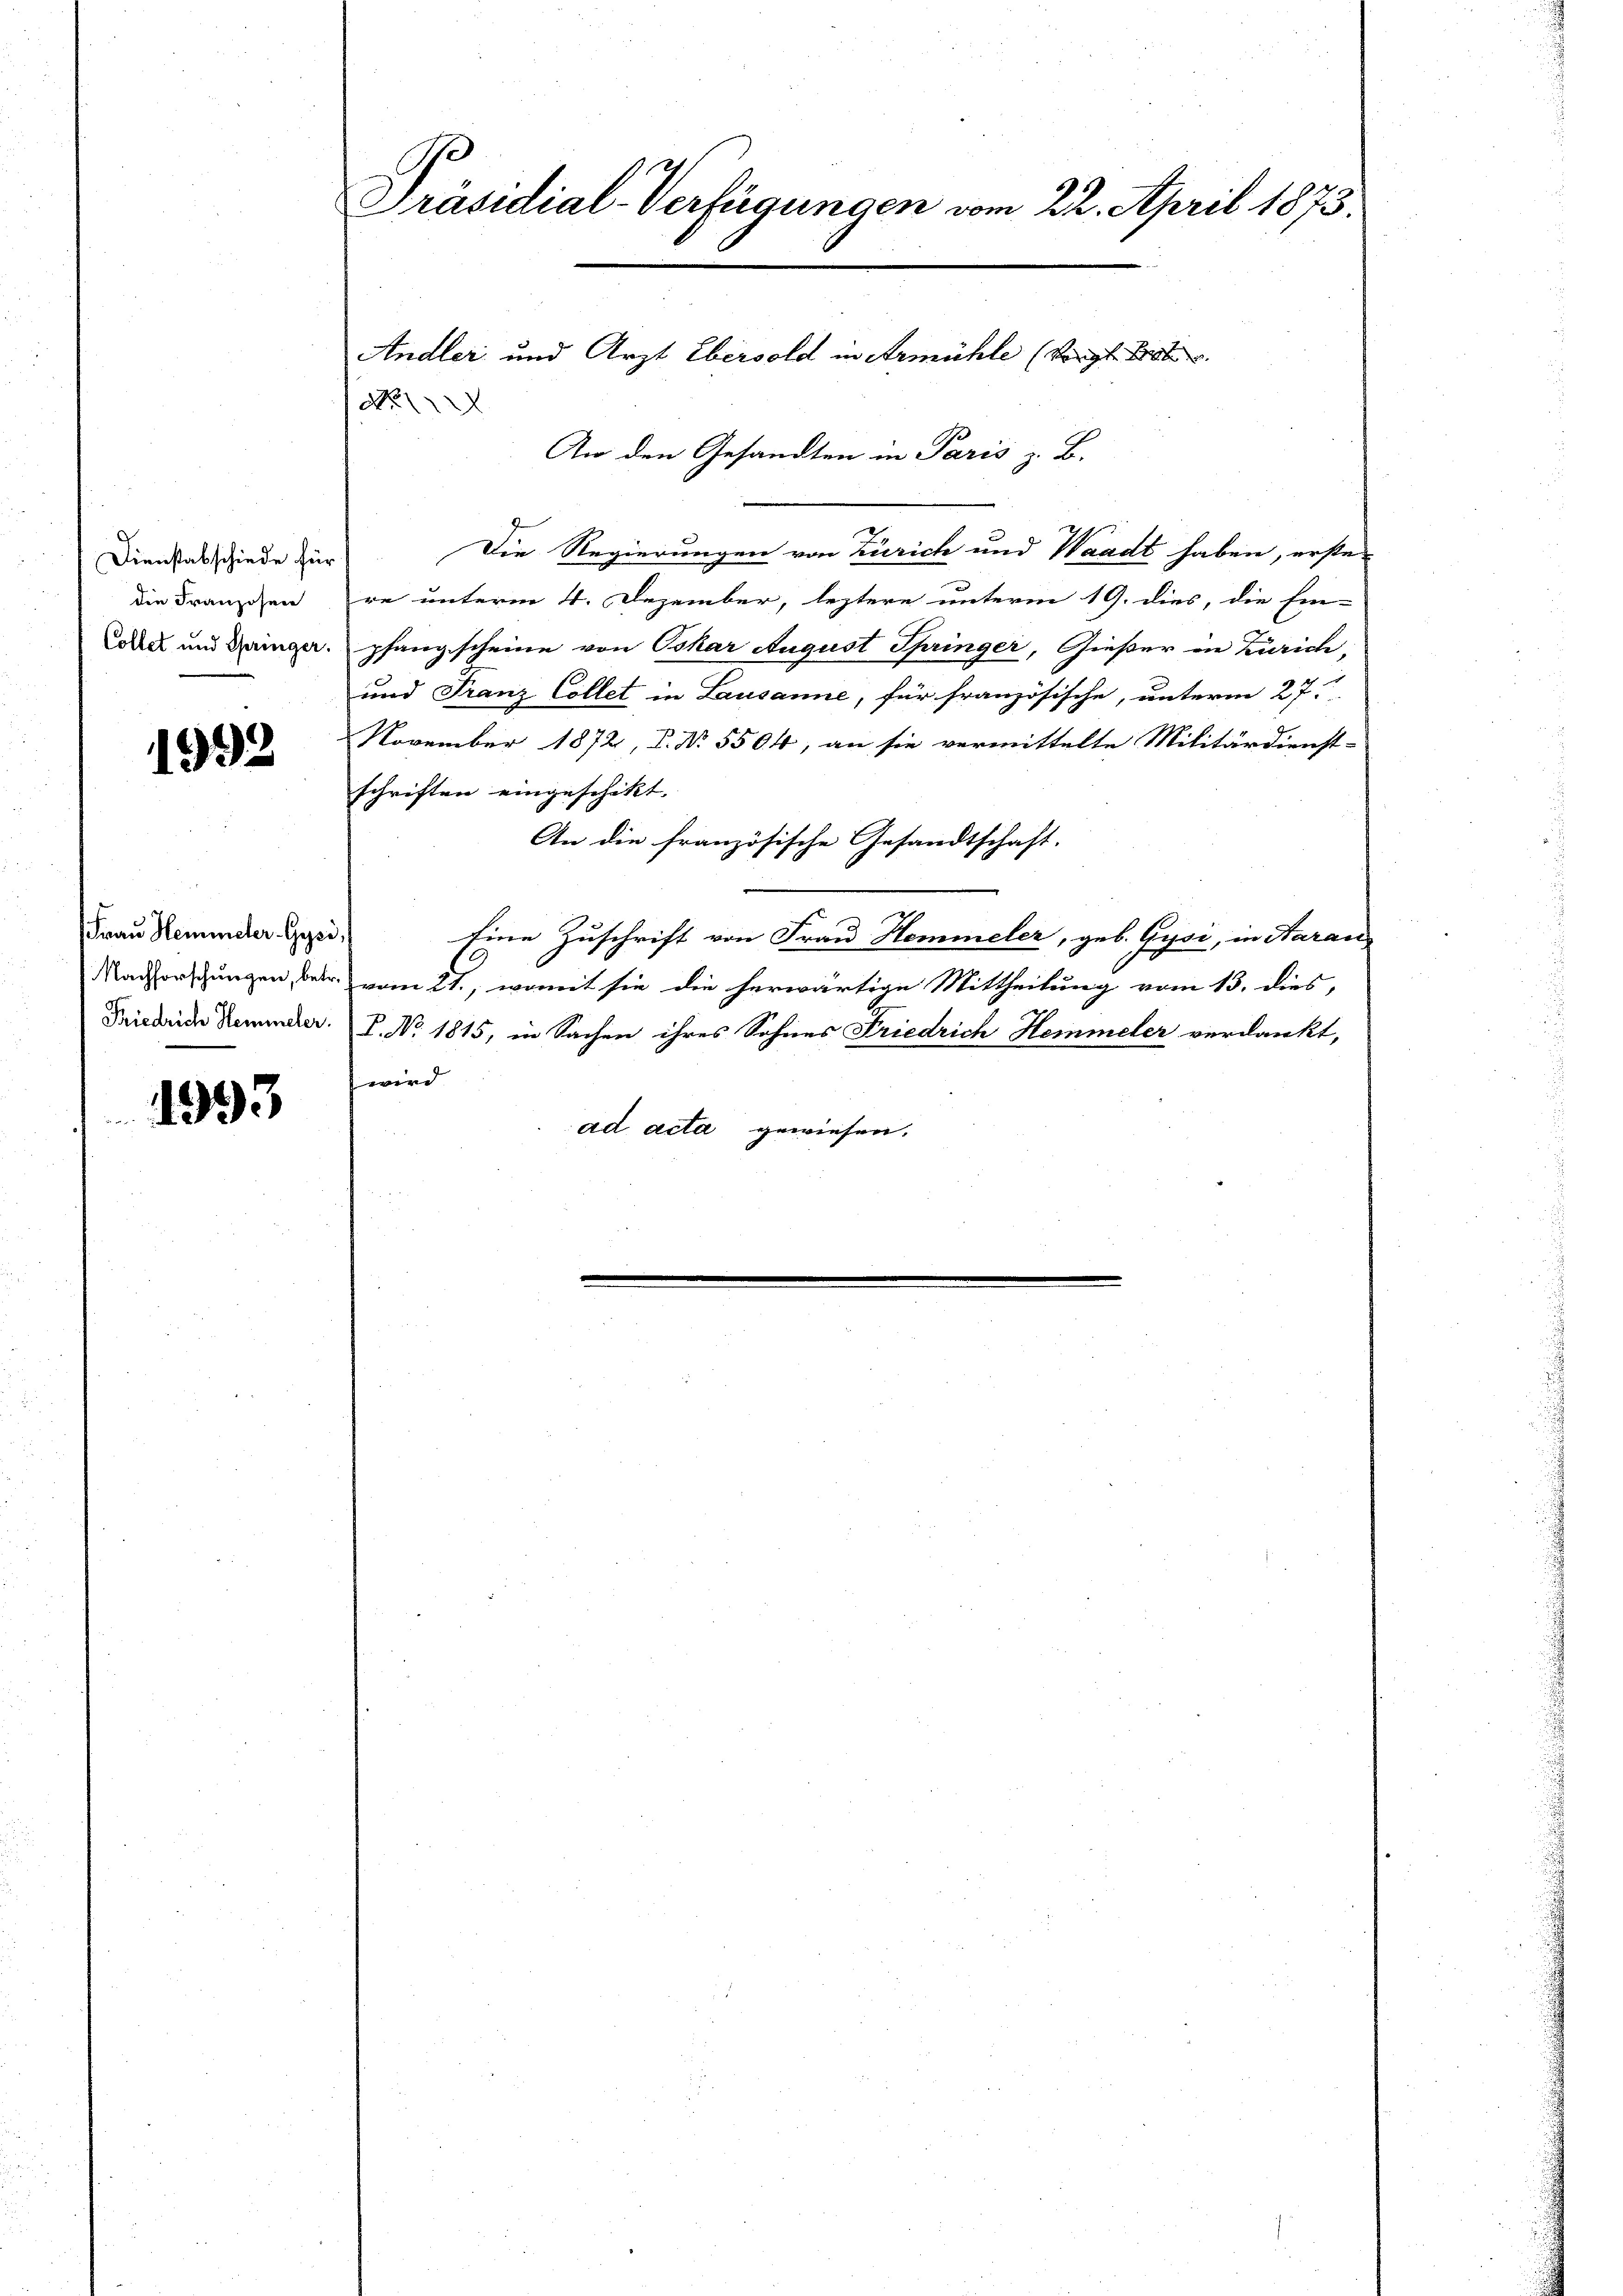
Dienstabschiede für
die Franzosen
Collet und Springer.

1992

Frau Heminder Gysi,
Nachforschungen, betr.
Friedrich Hemmeler.

1993

G
Präsidial-Verfügungen vom 22. April 1873.

o

An den Gesandten in Paris z. B.
Die Regierungen von Zürich und Waadt haben, erstere unterm 4. Dezember, leztere unterm 19. dies, die Ein-
pfang scheine von Oskar August Springer, Gießer in Zürich
und Franz Collet in Lausanne, für französische, unterm 27.
November 1872, P. Nr. 5504, an sie vermittelte Militärdienst-
schriften eingeschikt. |
An die französische Gesandtschaft.
Eine Zuschrift von Frau Hemmeler, geb. Gysi, in Aarau
.
vom 21., womit sie die herwärtige Mittheilung vom 13. dies,
V. No. 1815, in Sachen ihres Sohnes Friedrich Hemmeler verdankt,
wird
ad acta gewiesen.

Andler und Arzt Ebersold in Armühle (vergl. Brat